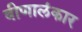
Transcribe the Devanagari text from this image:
वीणालंकार